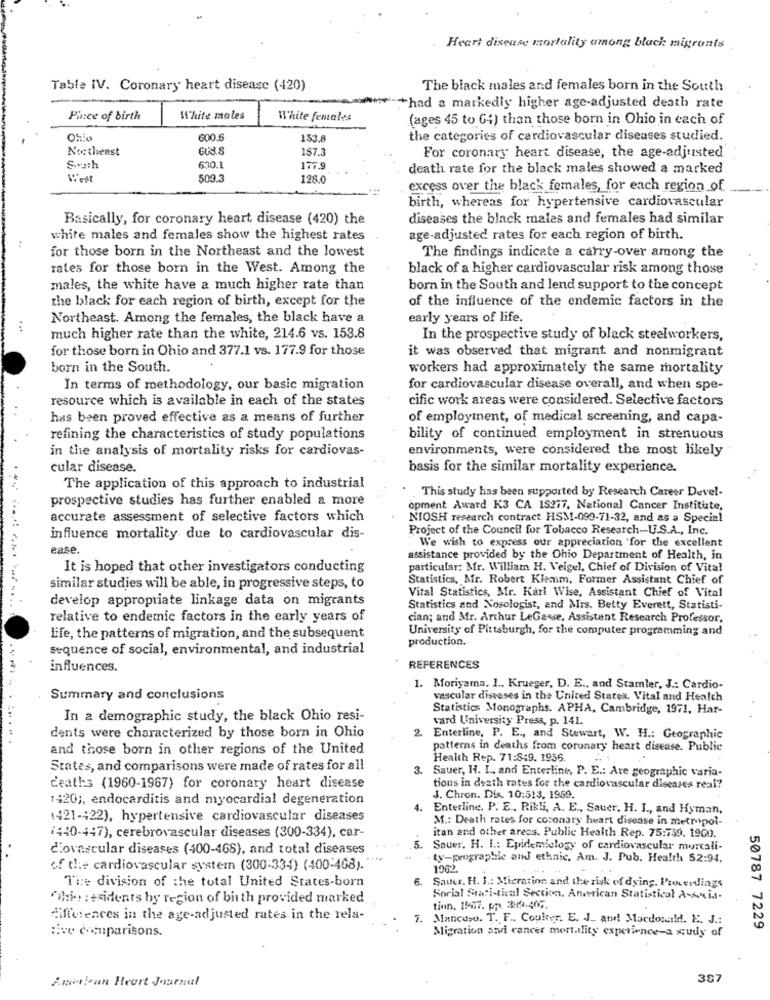
.Heart disease mortality among black migrants
Table IV. Coronary heart disease (420)
The black males and females born in the South
+had a markedly higher age-adjusted death rate
Pince of birth
White males
White females
(ages 45 to 64) than those born in Ohio in each of
Ohio
600.
153.8
the categories of cardiovascular diseases studied.
Northeast
187.3
For coronary heart disease, the age-adjusted
Swath
630.1
177.9
death rate for the black males showed a marked
509.5
128.0
excess over the black females, for each region of
birth, whereas for hypertensive cardiovascular
Basically, for coronary heart disease (420) the
diseases the black males and females had similar
white males and females show the highest rates
age-adjusted rates for each region of birth.
for those born in the Northeast and the lowest
The findings indicate a carry-over among the
rales for those born in the West. Among the
black of a higher cardiovascular risk among those
males, the white have a much higher rate than
born in the South and lend support to the concept
the black for each region of birth, except for the
of the influence of the endemic factors in the
Northeast. Among the females, the black have a
early years of life.
much higher rate than the white, 214.6 vs. 153.8
In the prospective study of black steelworkers,
for those born in Ohio and 377.1 vs. 177.9 for those
it was observed that migrant and nonmigrant
born in the South.
workers had approximately the same mortality
In terms of methodology, our basic migration
for cardiovascular disease overall, and when spe-
resource which is available in each of the states
cific work areas were considered. Selective factors
has been proved effective as a means of further
of employment, of medical screening, and capa-
refining the characteristics of study populations
bility of continued employment in strenuous
in the analysis of mortality risks for cardiovas-
environments, were considered the most likely
cular disease.
basis for the similar mortality experience.
The application of this approach to industrial
prospective studies has further enabled a more
This study has been supported by Research Career Devel-
opment Award K3 CA 15277, National Cancer Institute,
accurate assessment of selective factors which
NIOSH research contract HSM-099-71-32, and as a Special
Project of the Council for Tobacco Research-U.S.A ., Inc.
influence mortality due to cardiovascular dis-
ease.
We wish to express our appreciation for the excellent
assistance provided by the Ohio Department of Health, in
It is hoped that other investigators conducting
particular: Mfr. William H. Veigel, Chief of Division of Vital
Statistics, Mr. Robert Klemm, Former Assistant Chief of
similar studies will be able, in progressive steps, to
Vital Statistics, Mr. Karl Wise, Assistant Chief of Vital
develop appropriate linkage data on migrants
Statistics and Nosologist, and Mrs. Betty Everett, Statisti-
relative to endemic factors in the early years of
cian; and Mr. Arthur LeGasse, Assistent Research Professor,
University of Pittsburgh, for the computer programming and
life, the patterns of migration, and the subsequent
production.
sequence of social, environmental, and industrial
influences.
REFERENCES
1. Moriyama. 1 .. Krueger, D. E ., and Stamler, J .: Cardio-
Summary and conclusions
vascular diseases in the United States. Vital and Health
Statistics Monographs. APHA, Cambridge, 1971, Har-
In a demographic study, the black Ohio resi-
vard University Press, p. 141.
dents were characterized by those born in Ohio
......
Enterline, P. E ., and Stewart, W. H .: Geographic
and those born in other regions of the United
patterns in deaths from coronary heart disease. Public
Health Rep. 71:849. 1936.
States, and comparisons were made of rates for all
3.
Sauer, H. I ., and Enterline, P. E .: Are geographic varia-
deaths (1960-1967) for coronary heart disease
tions in death rates for the cardiovascular diseases real?
1420 ;, endocarditis and myocardial degeneration
J. Chron. Dis. 10:513, 1959.
4. Enterline. P. E ., Rikli, A. E ., Sauer, H. I ., and Hyman,
1421-422), hypertensive cardiovascular diseases
M .: Death rates for coronary heart disease in metropol-
(440-447), cerebrovascular diseases (300-334), car-
itan and other areas. Public Health Rep. 75:759. 1900.
diovascular diseases (400-468), and total diseases
5.
Sauer, H. I .: Epidemiology of cardiovascular murcali-
ty-prographie and ethnic. Am. J. Pub. Health 52:94.
of the cardiovascular system (300-334) (400-468)."
1962.
The division of the total United States-born
6.
Sauer. H. I .: Migration and the risk of dying. Proceedings
Tihi- : esidents by region of birth provided marked
Social Statistical Section. American Statistical A-suis.
tinn. 1967. pp. 344-405.
differences in the age-adjusted rates in the rela-
1.
Mancuso. T. F. Couler. E. J. and Macdonald. E. J .:
ive comparisons.
Migration and cancer mortality experience-a study of
50787 7229
American Heart Journal
387